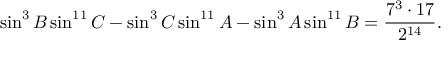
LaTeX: \sin ^ { 3 } B \sin ^ { 1 1 } C - \sin ^ { 3 } C \sin ^ { 1 1 } A - \sin ^ { 3 } A \sin ^ { 1 1 } B = { \frac { 7 ^ { 3 } \cdot 1 7 } { 2 ^ { 1 4 } } } .